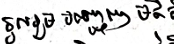
ចូលរួមបញ្ចេញមតិ